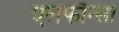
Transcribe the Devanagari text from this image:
एलफाॅन्सो